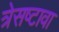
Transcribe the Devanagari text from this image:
त्रेसष्टावा